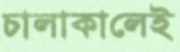
চালাকালেই